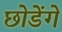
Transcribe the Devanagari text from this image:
छोडेंगे